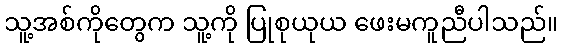
သူ့အစ်ကိုတွေက သူ့ကို ပြုစုယုယ ဖေးမကူညီပါသည်။